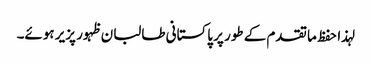
لہذا حفظ ما تقدم کے طور پر پاکستانی طالبان ظہور پزیر ہوئے۔